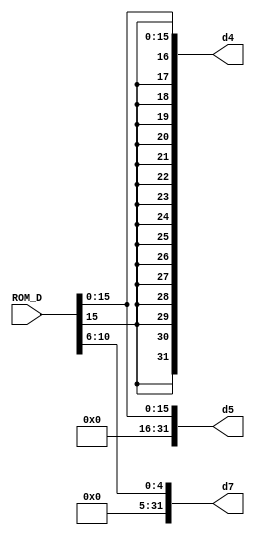
`timescale 1ns / 1ps
//////////////////////////////////////////////////////////////////////////////////
// Company: 
// Engineer: 
// 
// Design Name: 
// Module Name: extender
// Project Name: 
// Target Devices: 
// Tool Versions: 
// Description: 
// 
// Dependencies: 
// 
// Revision:
// Revision 0.01 - File Created
// Additional Comments:
// 
//////////////////////////////////////////////////////////////////////////////////


module extender(
input [31:0] ROM_D,
output reg [31:0] d4,
output reg [31:0] d5,
output reg [31:0] d7
    );
    reg [15:0] d3;
    reg [4:0] d6;
    always @(*)
    begin
    d3=ROM_D[15:0];
    d6=ROM_D[10:6];
    d4[31:16] <={16{d3[15]}};
    d4[15:0] <= d3;
//    d4<={16{d3[15]},d3};
    d5[31:16] <= 0;
    d5[15:0] <= d3;
//    d5<={16{0},d3};
    d7[31:5] <= 0;
    d7[4:0] <= d6;
//    d7<={27{0},d6};
    end
endmodule